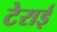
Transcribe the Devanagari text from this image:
टेराई